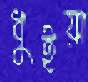
ধুইয়া